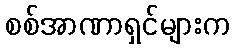
စစ်အာဏာရှင်များက